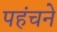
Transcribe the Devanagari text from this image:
पहंचने